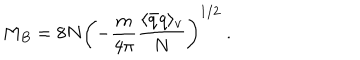
LaTeX: M _ { B } = 8 N \left( - \frac { m } { 4 \pi } \frac { \langle \bar { q } q \rangle _ { v } } { N } \right) ^ { 1 / 2 } \ .